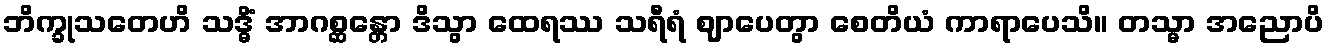
ဘိက္ခုသတေဟိ သဒ္ဓိံ အာဂစ္ဆန္တော ဒိသွာ ထေရဿ သရီရံ ဈာပေတွာ စေတိယံ ကာရာပေသိ။ တသ္မာ အညောပိ